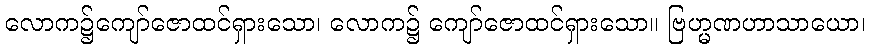
လောက၌ကျော်ဇောထင်ရှားသော၊ လောက၌ ကျော်ဇောထင်ရှားသော။ ဗြဟ္မဏဟာသာယော၊